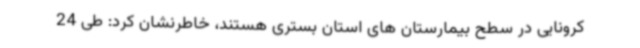
کرونایی در سطح بیمارستان های استان بستری هستند، خاطرنشان کرد: طی 24